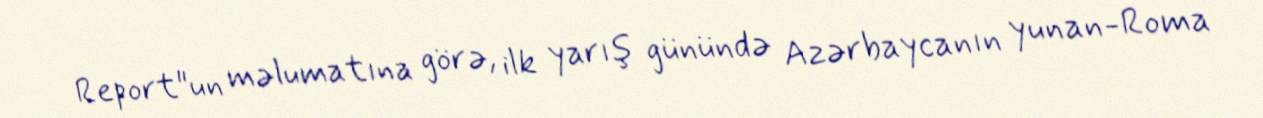
Report"un məlumatına görə, ilk yarış günündə Azərbaycanın yunan-Roma